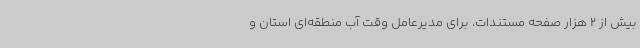
بیش از 2 هزار صفحه مستندات، برای مدیرعامل وقت آب منطقه‌ای استان و